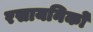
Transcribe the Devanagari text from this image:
रसायनिकों